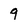
Character: 9